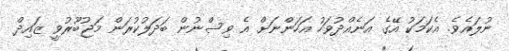
ނުލައެވެ. އެކަމަކު އޭގެ އަނެއްދުވަހު އަހަންނަށް އެ ވިސްނުން ބަދަލުކުރަން މަޖުބޫރުވީ ޒައިދް